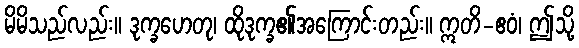
မိမိသည်လည်း။ ဒုက္ခဟေတု၊ ထိုဒုက္ခ၏အကြောင်းတည်း။ ဣတိ-ဧဝံ၊ ဤသို့